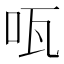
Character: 咓